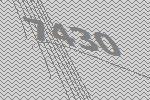
7430